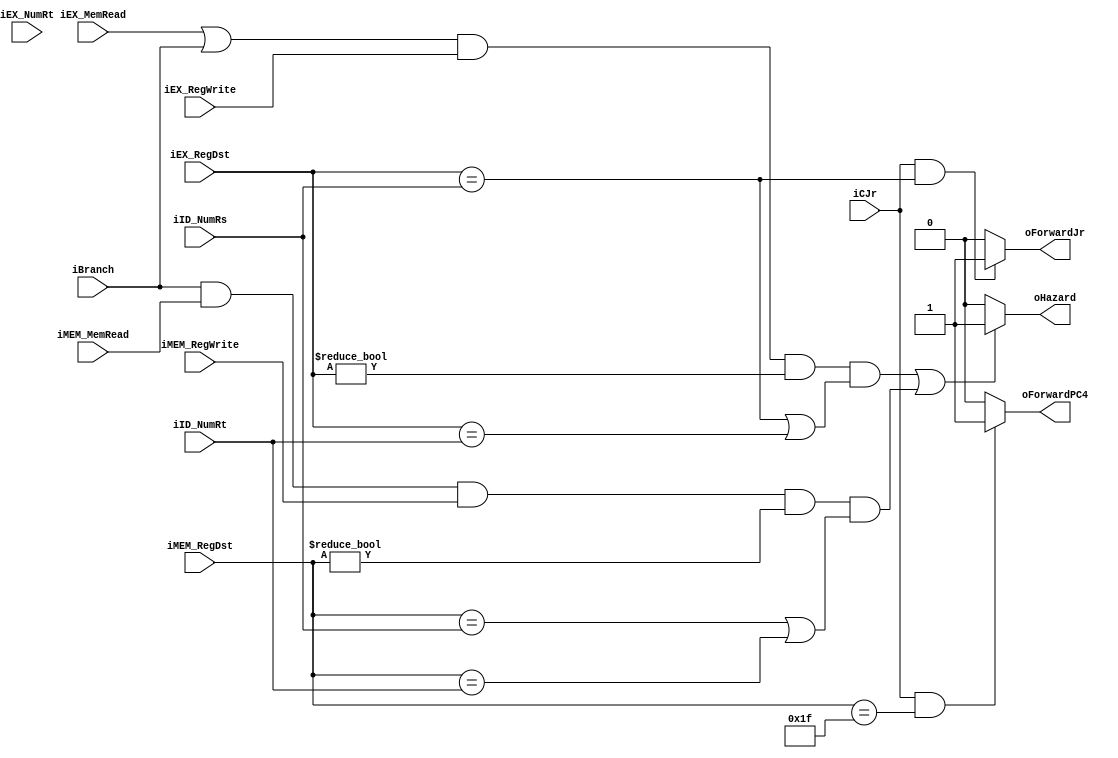
module HazardUnitM (
	iID_NumRs,
	iID_NumRt, 
	iEX_NumRt, 
	iEX_MemRead, // op == load?
	iEX_RegWrite,
	iCJr, // opcode == jr?
	iEX_RegDst,
	iMEM_MemRead,
	iMEM_RegDst,
	iMEM_RegWrite,
	iBranch, // op == beq || bne?
	oHazard,
	oForwardJr,
	oForwardPC4
);

	input wire [4:0] iID_NumRs, iID_NumRt, iEX_NumRt, iEX_RegDst, iMEM_RegDst;
	input wire iEX_MemRead, iEX_RegWrite, iMEM_MemRead, iMEM_RegWrite, iCJr, iBranch;
	output reg oHazard, oForwardJr, oForwardPC4;
	
	wire wEX_RegHazard  = (iEX_RegDst == iID_NumRs) || (iEX_RegDst == iID_NumRt);
	wire wMEM_RegHazard = (iMEM_RegDst == iID_NumRs) || (iMEM_RegDst == iID_NumRt);
	
	wire wEX_Hazard  = (iEX_MemRead || iBranch) && iEX_RegWrite && (iEX_RegDst != 5'b0) && wEX_RegHazard;
	wire wMEM_Hazard = iBranch && iMEM_MemRead && iMEM_RegWrite && (iMEM_RegDst != 5'b0) && wMEM_RegHazard;
	
	assign oHazard = (wEX_Hazard || wMEM_Hazard) ? 1'b1 : 1'b0;
	
	assign oForwardJr = ((iCJr) && (iEX_RegDst == iID_NumRs)) ? 1'b1 : 1'b0;
	
	assign oForwardPC4 = ((iCJr) && (iMEM_RegDst == 5'd31)) ? 1'b1 : 1'b0;
	
endmodule